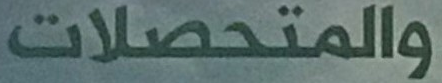
والمتحصلات